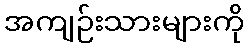
အကျဉ်းသားများကို